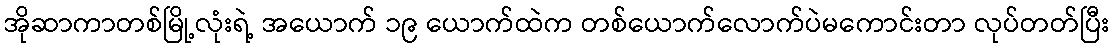
အိုဆာကာတစ်မြို့လုံးရဲ့ အယောက် ၁၉ ယောက်ထဲက တစ်ယောက်လောက်ပဲမကောင်းတာ လုပ်တတ်ပြီး